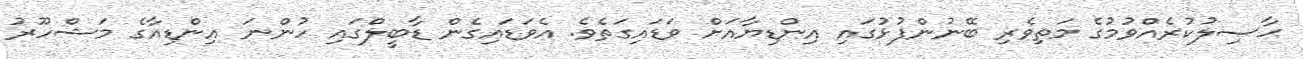
ޙާޞިލުކުރެއްވުމުގެ މަތިވެރި ބޭނުންފުޅުގައި އިންޑިޔާއަށް ވަޑައިގަތެވެ. އެވަޑައިގެން ޑާބީލްގައި ހުންނަ އިންޑިއާގެ މަޝްހޫރު